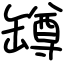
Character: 罇